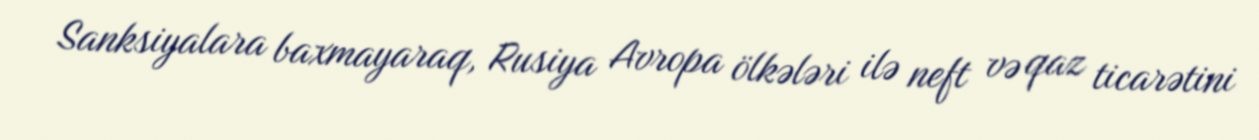
Sanksiyalara baxmayaraq, Rusiya Avropa ölkələri ilə neft və qaz ticarətini